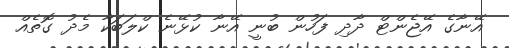
އޭނާގެ އޭޖެންޓް ދާދި ފަހުން ބުނީ އޭނާ ކުޅޭނެ ކްލަބަކާ މެދު ގޮތެއް